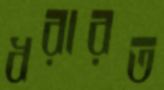
ধরারত